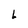
Character: L